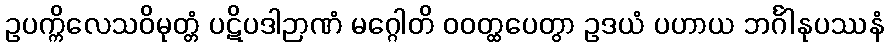
ဥပက္ကိလေသဝိမုတ္တံ ပဋိပဒါဉာဏံ မဂ္ဂေါတိ ဝဝတ္ထပေတွာ ဥဒယံ ပဟာယ ဘင်္ဂါနုပဿနံ